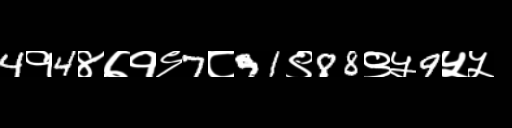
Text: 4१4४७१९7८91९88९५9५५